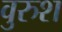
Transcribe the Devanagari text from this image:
वुरुश